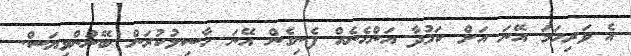
އެ ވަރިހަމަ އޭނަ އަށް ކަމުދާ އަންހެނެއް ފެނިގެން އޭނަ ހާސިލުކުރަން ބޭނުންވިޔަސް.